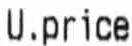
U.PRICE